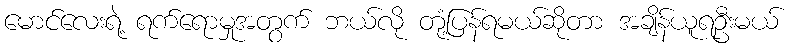
မောင်လေးရဲ့ ရက်ရောမှုအတွက် ဘယ်လို တုံ့ပြန်ရမယ်ဆိုတာ အချိန်ယူရဦးမယ်